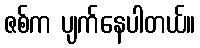
ဇစ်က ပျက်နေပါတယ်။